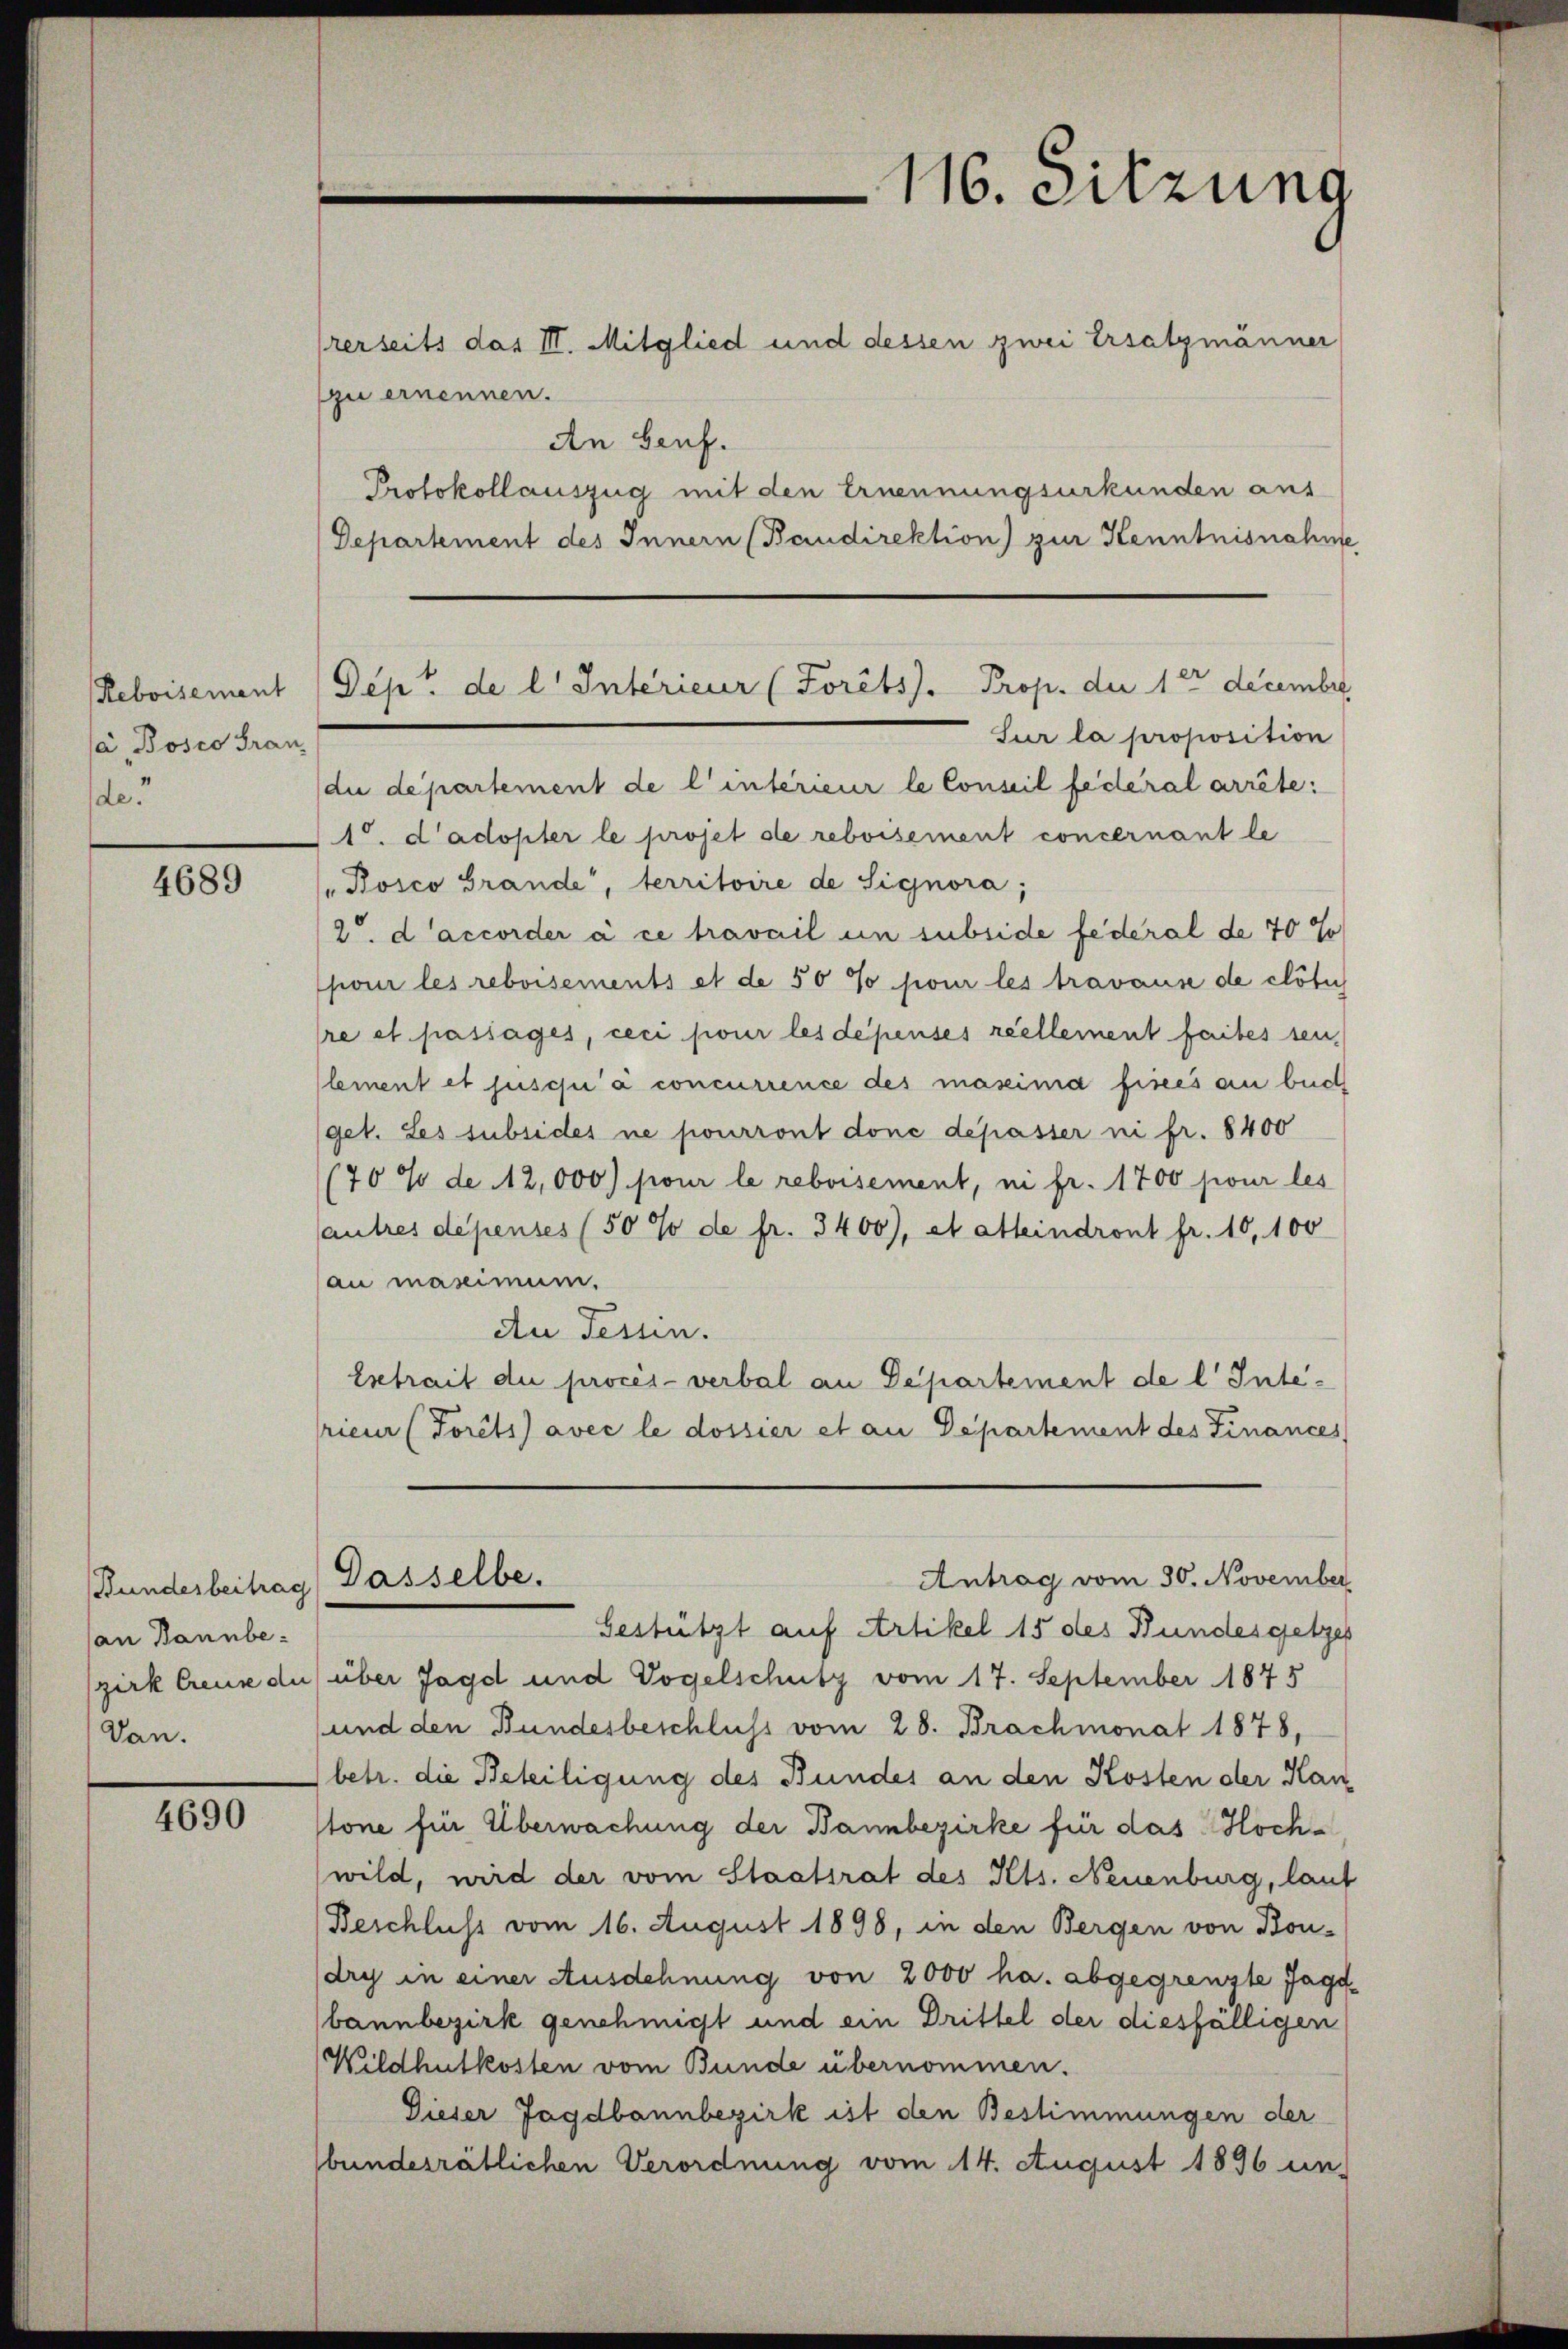
Reboisement
/a Bosco Gran
de

4689

an Bannbe¬
Dan.

4690

rerseits das II. Mitglied und dessen zwei Ersatzmänner
zu ernennen.
An Genf.
Protokollauszug mit den Ernennungsurkunden aus
Departement des Innern (Baudirektion) zur Kenntnisnahme
Sur la proposition
du departement de l’intérieur le Conseil fédéral arrête:
10. L’adopter le projet de reboisement concernant le
Bosco Grande, territoire de Signora;
2t d’accorder à ce travail um subside federal de 70 %
jour les reboisements et de 50 % pour les travause de clôtuch
lre et passages, ceci pour les dépenses reellement faites sei,
lement et jusqu’à concurrence des massima fines an buch
get. Les subsides ne pourront done depasser ni fr. 8400
(70 % de 12,000) pour le reboisement, ni fr. 1700 pour les
autres dépenses (50 % de fr. 3400), et atteindront fr. 10,100
au maximum.
Au Fessen.
Estrait du procès-verbal an Departement de l. Interieur (Forêts avec le dossier et an Departement des Finances
Antrag vom 30. November
(Bundesbeitrag (Dasselbe.
Gestützt auf Artikel 15 des Bundesgetzes
zirk Creuze du über Jagd und Vogelschutz vom 17. September 1875
und den Bundesbeschluss vom 28. Brachmonat 1878,
betr. die Beteiligung des Bundes an den Kosten der Han
stone für Überwachung der Bannbezirke für das Hochwild, wird der vom Staatsrat des Kts. Neuenburg, laut
(Beschluss vom 16. August 1898, in den Bergen von Bondry in einer Ausdehnung von 2000 ha. abgegrenzte Jagd-
bannbezirk genehmigt und ein Drittel der diesfälligen
Wildhutkosten vom Bunde übernommen.
Dieser Jagdbannbezirk ist den Bestimmungen der
bundesrätlichen Verordnung vom 14. August 1896 un

116. Sitzung

Dept. de l. Interieur (Forêts). Prop. der 10 decembr